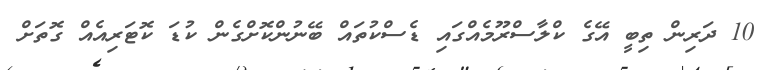
10 ދަރިން ތިބީ އޭގެ ކްލާސްރޫމެއްގައި ޑެސްކުތައް ބޭނުންކޮށްގެން ކުޑަ ކޮޓަރިއެއް ގޮތަށް